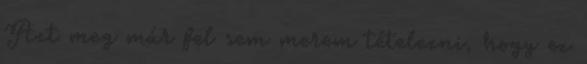
Azt meg már fel sem merem tételezni, hogy ez